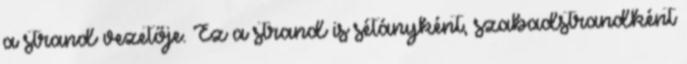
a strand vezetője. Ez a strand is sétányként, szabadstrandként